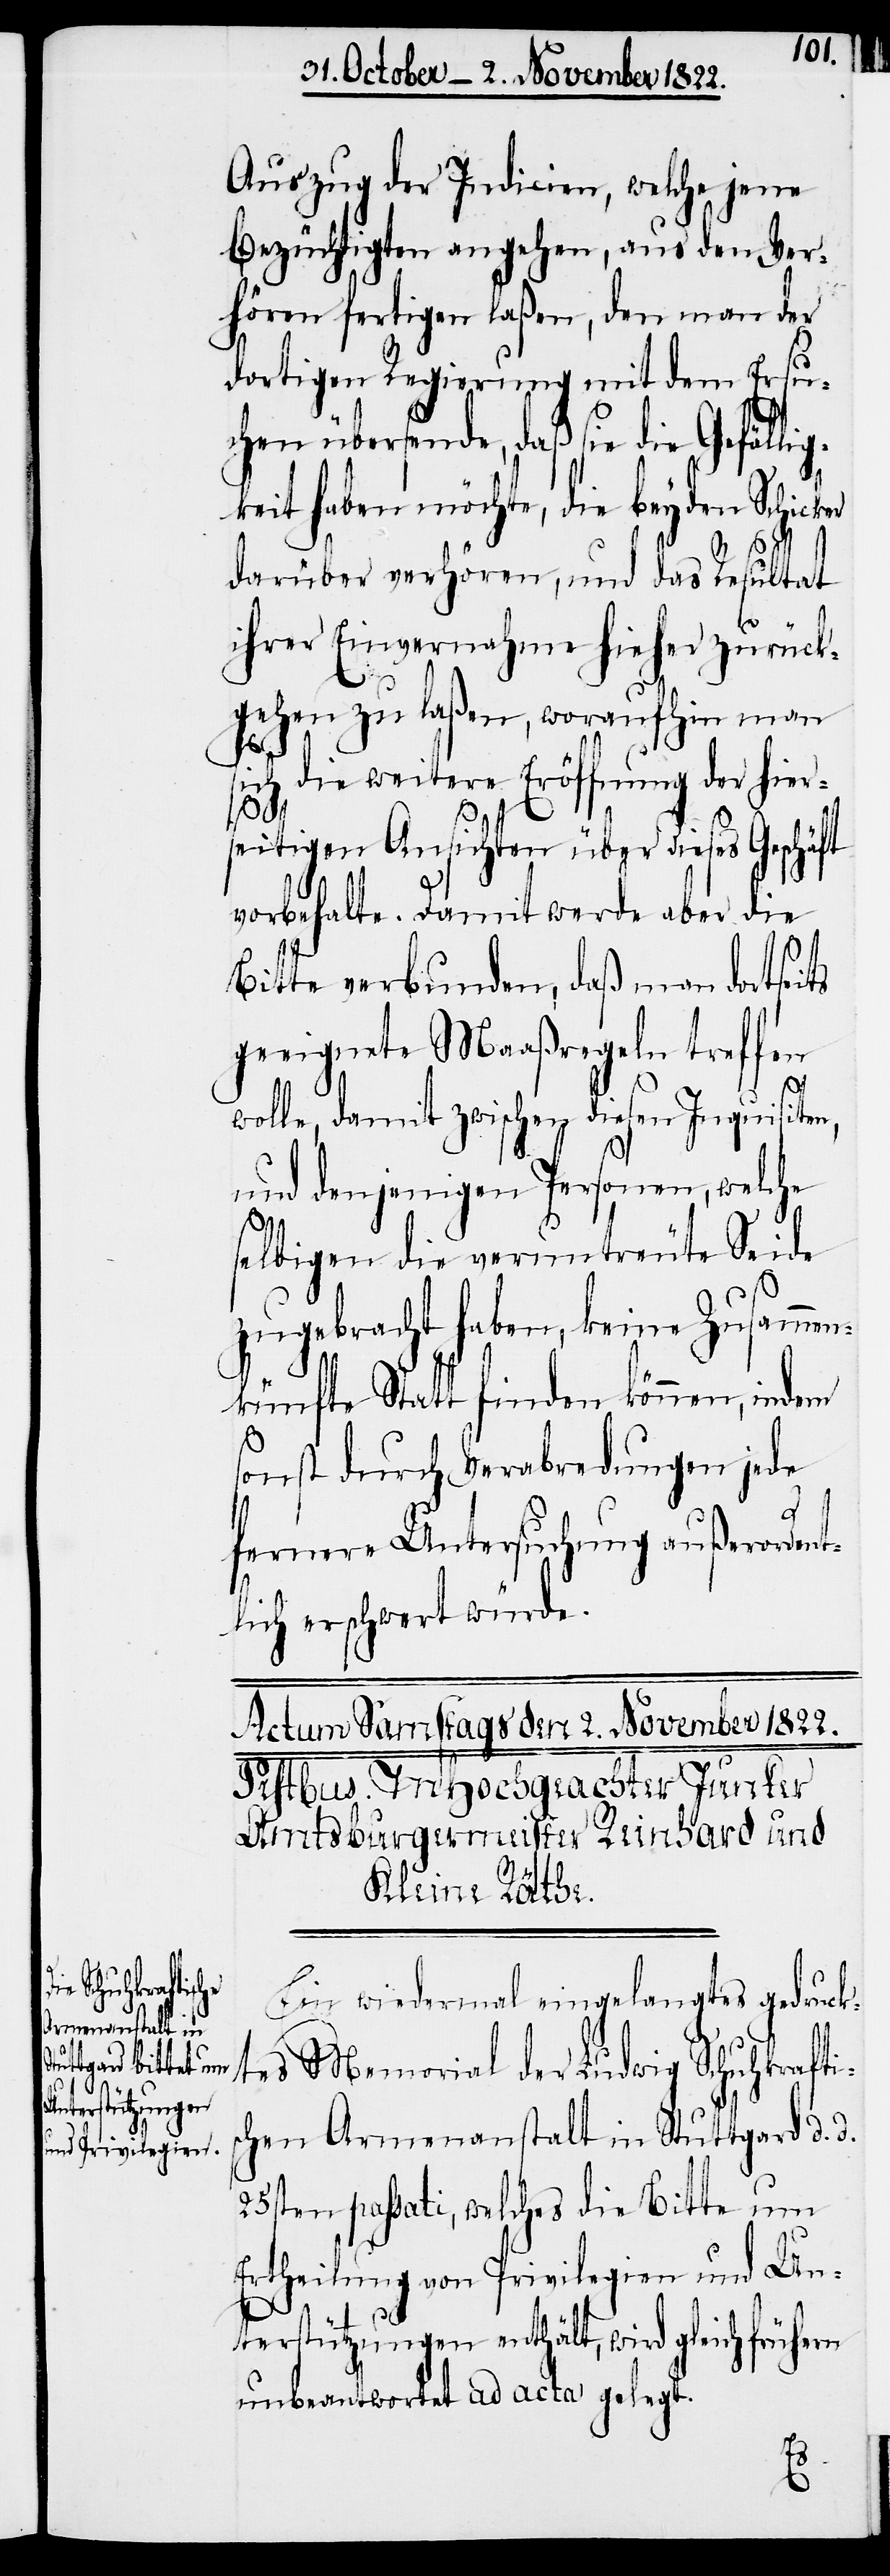
Auszug der Indicien, welche jene
Bezüchtigten angehen, aus den Ver¬
hören fertigen laßen, den man der
dortigen Regierung mit dem Ersu¬
chen übersende, daß sie die Gefäl¬
keit haben möchte, die beyden Schick¬
darüber verhören, und das Resultat
ihrer Einvernahme hieher zurück¬
gehen zu laßen, woraufhin man
sich die weitere Eröffnung der hier¬
seitigen Ansichten über dieses Geschä¬
vorbehalte. Damit werde aber die
Bitte verbunden, daß man dortseits
geeignete Maaßregeln treffen
er
wolle, damit zwischen diesen Inquisiten,
und denjenigen Personen, welche
selbigen die veruntreute Seide
zugebracht haben, keine Zusamme¬
nkünfte Statt finden können, indem
sonst durch Verabredungen jede
ft
fernere Untersuchung außerordent¬
lich erschwert würde.
Ein wiedermal eingelangtes gedruck¬
tes Memorial der Ludwig Schuhkrafti¬
chen Armenanstalt in Stuttgard d.
25sten passati, welches die Bitte um
Ertheilung von Privilegien und Un¬
terstützungen enthält, wird gleich frühern
unbeantwortet ad acta gelegt.
d.